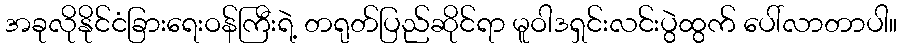
အခုလိုနိုင်ငံခြားရေးဝန်ကြီးရဲ့ တရုတ်ပြည်ဆိုင်ရာ မူဝါဒရှင်းလင်းပွဲထွက် ပေါ်လာတာပါ။